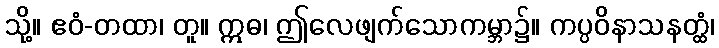
သို့။ ဧဝံ-တထာ၊ တူ။ ဣဓ၊ ဤလေဖျက်သောကမ္ဘာ၌။ ကပ္ပဝိနာသနတ္ထံ၊